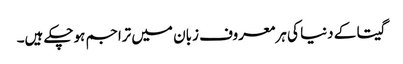
گیتا کے دنیا کی ہر معروف زبان میں تراجم ہوچکے ہیں۔